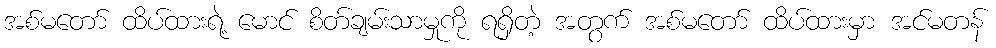
အစ်မတော် ထိပ်ထားရဲ့ မောင် စိတ်ချမ်းသာမှုကို ရရှိတဲ့ အတွက် အစ်မတော် ထိပ်ထားမှာ အင်မတန်